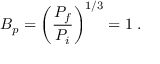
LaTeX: B _ { p } = \left( \frac { P _ { f } } { P _ { i } } \right) ^ { 1 / 3 } = 1 \; .